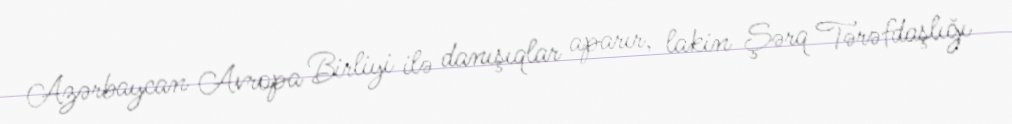
Azərbaycan Avropa Birliyi ilə danışıqlar aparır, lakin Şərq Tərəfdaşlığı